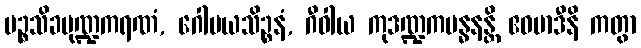
ပဉ္စသိခမုဏ္ဍကရဏံ, ဂေါမယသိဉ္စနံ, ဂီဝါယ ကုဒဏ္ဍကဗန္ဓနန္တိ ဧဝမာဒီနိ ကတွာ